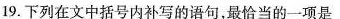
19.下列在文中括号内补写的语句，最恰当的一项是